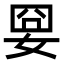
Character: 𡜸